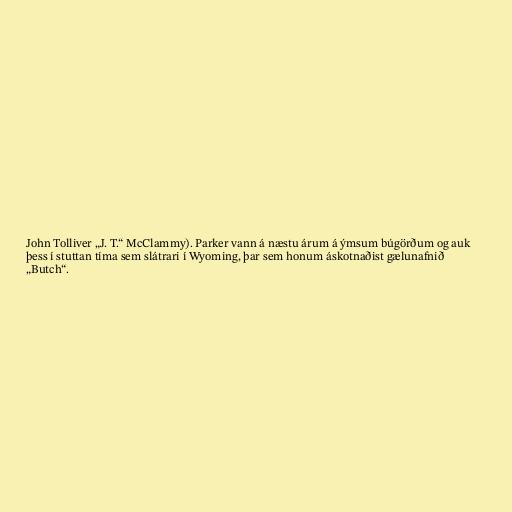
John Tolliver „J. T.“ McClammy). Parker vann á næstu árum á ýmsum búgörðum og auk
þess í stuttan tíma sem slátrari í Wyoming, þar sem honum áskotnaðist gælunafnið
„Butch“.